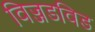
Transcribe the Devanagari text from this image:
विज्जडविड